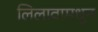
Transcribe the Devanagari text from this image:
लिलावामधून